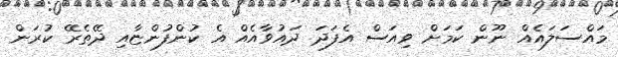
މައްސަލައެއް ނޫން ކަމަށް ވިއަސް އެފަދަ ދައުވާއެއް އެ ކުންފުންޏާއި ދޭތެރޭ ކުރަން